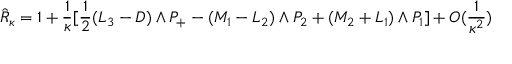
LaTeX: \hat { R } _ { \kappa } = 1 + \frac { 1 } { \kappa } [ \frac { 1 } { 2 } ( L _ { 3 } - D ) \wedge P _ { + } - ( M _ { 1 } - L _ { 2 } ) \wedge P _ { 2 } + ( M _ { 2 } + L _ { 1 } ) \wedge P _ { 1 } ] + O ( \frac { 1 } { \kappa ^ { 2 } } )